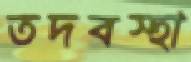
তদবস্হা